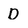
Character: D